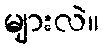
များလဲ။